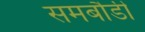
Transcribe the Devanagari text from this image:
समबौडी